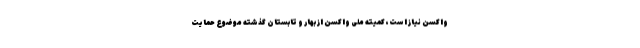
واکسن نیاز است، کمیته ملی واکسن از بهار و تابستان گذشته موضوع حمایت